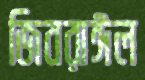
জিবরাঈল